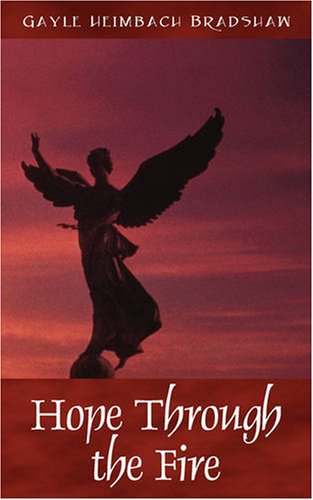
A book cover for Hope Through the Fire; Gayle Heimbach Bradshaw; Health, Fitness & Dieting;